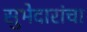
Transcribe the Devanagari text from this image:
सुभेदारांचा